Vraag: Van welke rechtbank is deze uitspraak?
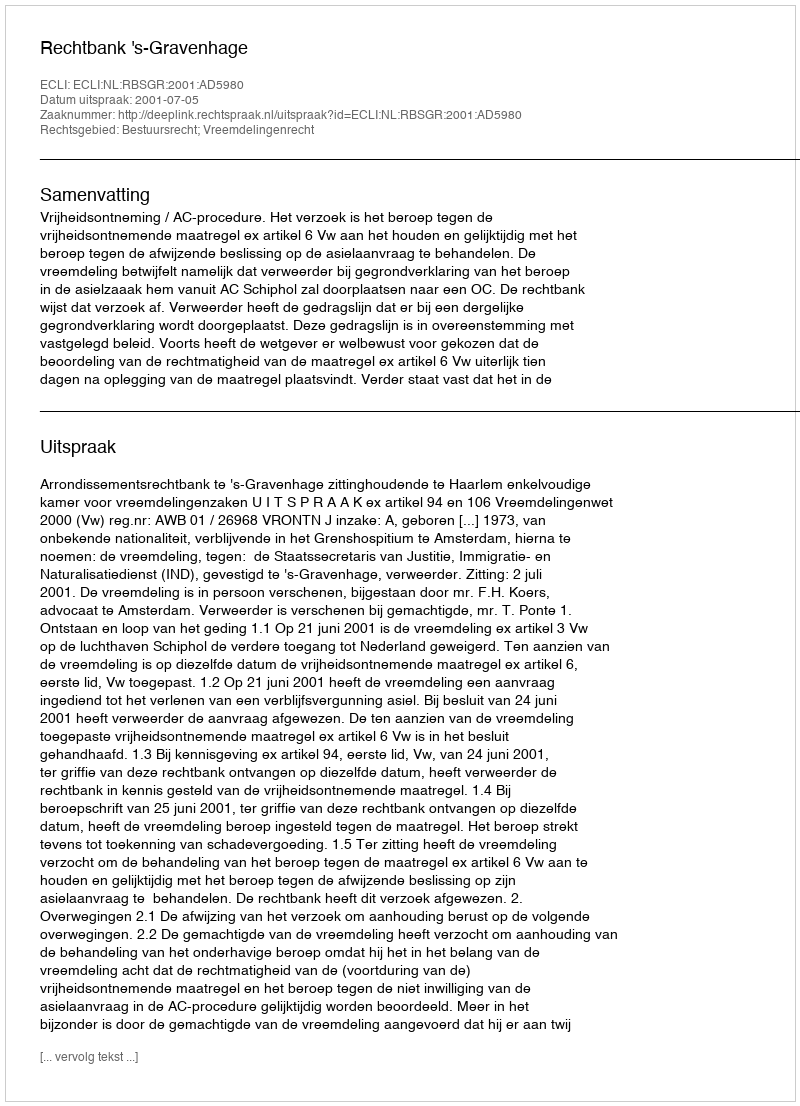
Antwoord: Rechtbank 's-Gravenhage